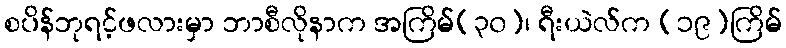
စပိန်ဘုရင့်ဖလားမှာ ဘာစီလိုနာက အကြိမ်(၃၀)၊ ရီးယဲလ်က (၁၉)ကြိမ်